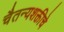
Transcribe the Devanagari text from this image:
चैतन्यशक्तीचे